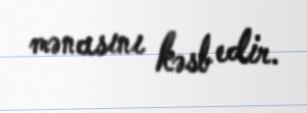
mənasını kəsb edir.